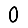
Digit: 0